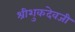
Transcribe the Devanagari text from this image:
श्रीशुकदेवजी